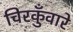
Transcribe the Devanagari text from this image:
चिरकुँवारे